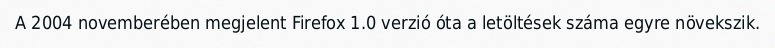
A 2004 novemberében megjelent Firefox 1.0 verzió óta a letöltések száma egyre növekszik.